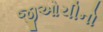
જીઓચીનો